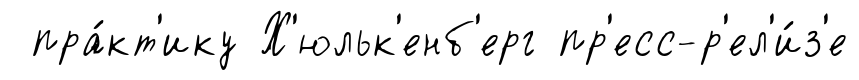
пра́кт'ику Х'юльк'енб'ерг пр'есс-р'ел'и́з'е